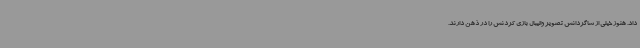
داد. هنوز خیلی از شاگردانش تصویر والیبال بازی کردنش را در ذهن دارند.